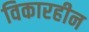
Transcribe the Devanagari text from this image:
विकारहीन